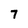
Character: 7